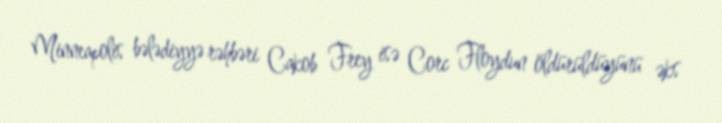
Minneapolis bələdiyyə rəhbəri Cakob Frey isə Corc Floydun öldürüldüyünü əks